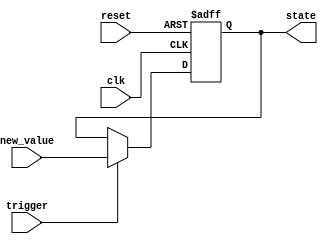
module hold_condition (
    input wire clk,            // Clock input
    input wire reset,          // Reset input
    input wire trigger,        // Trigger condition input
    input wire [7:0] new_value, // New value to update the state variable
    output reg [7:0] state     // State variable output
);

    // State variable initialization
    initial begin
        state = 8'b0; // Initial state
    end

    // Always block for the hold condition
    always @(posedge clk or posedge reset) begin
        if (reset) begin
            // Reset condition: set state to initial value
            state <= 8'b0;
        end else if (trigger) begin
            // Trigger condition met: update state variable
            state <= new_value;
        end
        // If trigger is not met, state retains its current value
    end

endmodule